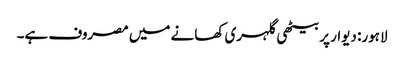
لاہور: دیوار پربیٹھی گلہری کھانے میں مصروف ہے۔